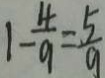
1 - \frac { 4 } { 9 } = \frac { 5 } { 9 }